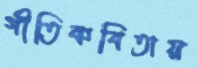
গীতিকবিতায়